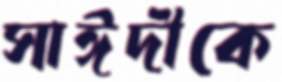
সাঈদীকে